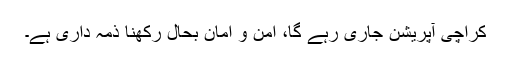
کراچی آپریشن جاری رہے گا، امن و امان بحال رکھنا ذمہ داری ہے۔